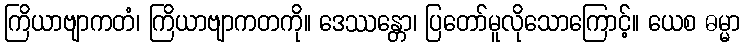
ကြိယာဗျာကတံ၊ ကြိယာဗျာကတကို။ ဒေဿန္တော၊ ပြတော်မူလိုသောကြောင့်။ ယေစ ဓမ္မာ